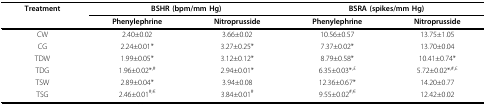
<table><thead><tr><td><b>Treatment</b></td><td colspan="2"><b>BSHR (bpm/mm Hg)</b></td><td colspan="2"><b>BSRA (spikes/mm Hg)</b></td></tr><tr><td></td><td><b>Phenylephrine</b></td><td><b>Nitroprusside</b></td><td><b>Phenylephrine</b></td><td><b>Nitroprusside</b></td></tr></thead><tbody><tr><td>CW</td><td>2.40±0.02</td><td>3.66±0.02</td><td>10.56±0.57</td><td>13.75±1.05</td></tr><tr><td>CG</td><td>2.24±0.01*</td><td>3.27±0.25*</td><td>7.37±0.02*</td><td>13.70±0.04</td></tr><tr><td>TDW</td><td>1.99±0.05*</td><td>3.12±0.12*</td><td>8.79±0.58*</td><td>10.41±0.74*</td></tr><tr><td>TDG</td><td>1.96±0.02*<sup>,#</sup></td><td>2.94±0.01*</td><td>6.35±0.03*<sup>,£</sup></td><td>5.72±0.02*<sup>,#,£</sup></td></tr><tr><td>TSW</td><td>2.89±0.04*</td><td>3.94±0.08</td><td>12.36±0.67*</td><td>14.20±0.77</td></tr><tr><td>TSG</td><td>2.46±0.01<sup>#,€</sup></td><td>3.84±0.01<sup>#</sup></td><td>9.55±0.02<sup>#,€</sup></td><td>12.42±0.02</td></tr></tbody></table>